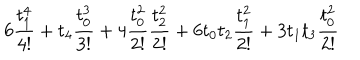
LaTeX: 6 \frac { t _ { 1 } ^ { 4 } } { 4 ! } + t _ { 4 } \frac { t _ { 0 } ^ { 3 } } { 3 ! } + 4 \frac { t _ { 0 } ^ { 2 } } { 2 ! } \frac { t _ { 2 } ^ { 2 } } { 2 ! } + 6 t _ { 0 } t _ { 2 } \frac { t _ { 1 } ^ { 2 } } { 2 ! } + 3 t _ { 1 } t _ { 3 } \frac { t _ { 0 } ^ { 2 } } { 2 ! }